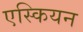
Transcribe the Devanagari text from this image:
एस्कियन